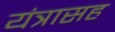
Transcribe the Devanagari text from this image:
यंत्रासह